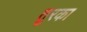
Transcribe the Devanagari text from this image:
तुरका